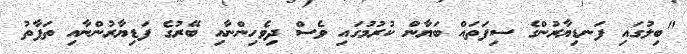
"ބިލުގައި ފަނޑިޔާރުންގެ ސިފަތައް ބަޔާން ކުރުމުގައި ވެސް ދިވެހިންނާއި ބޭރުގެ ފަޑިޔާރުންނާއި ތަފާތު